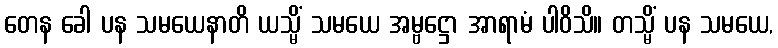
တေန ခေါ ပန သမယေနာတိ ယသ္မိံ သမယေ အမ္ဗဋ္ဌော အာရာမံ ပါဝိသိ။ တသ္မိံ ပန သမယေ,